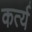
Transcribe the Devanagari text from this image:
कर्त्य